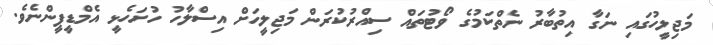
މަޖިލީހުގައި ނަގާ އިތުބާރު ނެތްކަމުގެ ވޯޓުތައް ސިއްރުކުރަން މަޖިލީހަށް އިސްލާހު ހުށަހެޅީ އެމްޑީޕީންނެވެ.